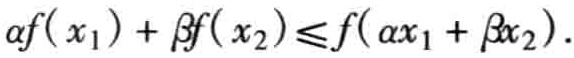
\(\alpha f(x_1)+\beta f(x_2)\leqslant f(\alpha x_1+\beta x_2).\)